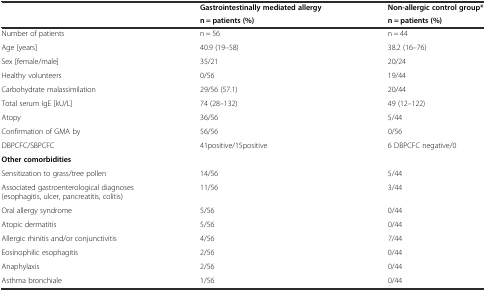
| <ROWSPAN=2>  | Gastrointestinally mediated allergy | Non-allergic control group* |
 | n = patients (%) | n = patients (%) |
 | --- | --- | --- |
 | Number of patients | n = 56 | n = 44 |
 | Age [years] | 40.9 (19–58) | 38.2 (16–76) |
 | Sex [female/male] | 35/21 | 20/24 |
 | Healthy volunteers | 0/56 | 19/44 |
 | Carbohydrate malassimilation | 29/56 (57.1) | 20/44 |
 | Total serum IgE [kU/L] | 74 (28–132) | 49 (12–122) |
 | Atopy | 36/56 | 5/44 |
 | Confirmation of GMA by | 56/56 | 0/56 |
 | DBPCFC/SBPCFC | 41positive/15positive | 6 DBPCFC negative/0 |
 | Other comorbidities | <COLSPAN=2>  |
 | Sensitization to grass/tree pollen | 14/56 | 5/44 |
 | Associated gastroenterological diagnoses (esophagitis, ulcer, pancreatitis, colitis) | 11/56 | 3/44 |
 | Oral allergy syndrome | 5/56 | 0/44 |
 | Atopic dermatitis | 5/56 | 0/44 |
 | Allergic rhinitis and/or conjunctivitis | 4/56 | 7/44 |
 | Eosinophilic esophagitis | 2/56 | 0/44 |
 | Anaphylaxis | 2/56 | 0/44 |
 | Asthma bronchiale | 1/56 | 0/44 |